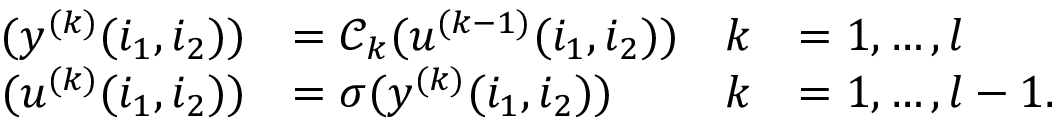
\begin{array} { r l r l } { ( y ^ { ( k ) } ( i _ { 1 } , i _ { 2 } ) ) } & { = \mathcal { C } _ { k } ( u ^ { ( k - 1 ) } ( i _ { 1 } , i _ { 2 } ) ) } & { k } & { = 1 , \ldots , l } \\ { ( u ^ { ( k ) } ( i _ { 1 } , i _ { 2 } ) ) } & { = \sigma ( y ^ { ( k ) } ( i _ { 1 } , i _ { 2 } ) ) } & { k } & { = 1 , \ldots , l - 1 . } \end{array}